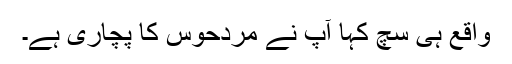
واقع ہی سچ کہا آپ نے مردحوس کا پچاری ہے۔